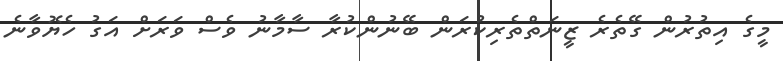
މީގެ އިތުރުން ގޭތެރެ ޒީނަތްތެރިކުރަން ބޭނުންކުރާ ސާމާނު ވެސް ވަރަށް އަގު ހެޔޮވާނެ